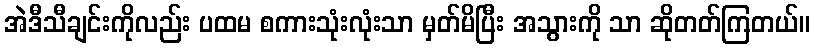
အဲဒီသီချင်းကိုလည်း ပထမ စကားသုံးလုံးသာ မှတ်မိပြီး အသွားကို သာ ဆိုတတ်ကြတယ်။